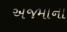
અજમાના